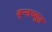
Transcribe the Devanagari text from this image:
वृन्तच्युत